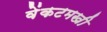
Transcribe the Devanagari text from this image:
वेंकटमखी